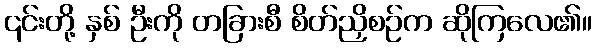
၎င်းတို့ နှစ် ဦးကို တခြားစီ စိတ်ညှိစဉ်က ဆိုကြလေ၏။